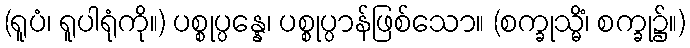
(ရူပံ၊ ရူပါရုံကို။) ပစ္စုပ္ပန္နေ၊ ပစ္စုပ္ပာန်ဖြစ်သော။ (စက္ခုသ္မိံ၊ စက္ခု၌။)